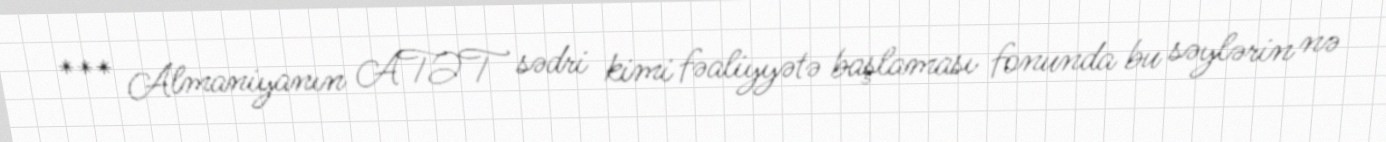
*** Almaniyanın ATƏT sədri kimi fəaliyyətə başlaması fonunda bu səylərin nə